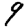
Digit: 9